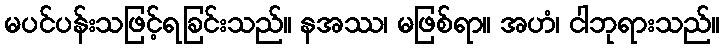
မပင်ပန်းသဖြင့်ရခြင်းသည်။ နအဿ၊ မဖြစ်ရာ။ အဟံ၊ ငါဘုရားသည်။